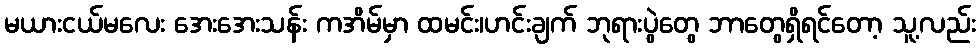
မယားငယ်မလေး အေးအေးသန်း ကအိမ်မှာ ထမင်း၊ဟင်းချက် ဘုရားပွဲတွေ ဘာတွေရှိရင်တော့ သူ့လည်း